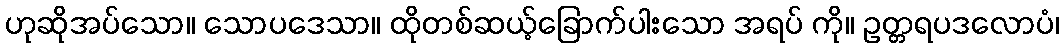
ဟုဆိုအပ်သော။ သောပဒေသာ။ ထိုတစ်ဆယ့်ခြောက်ပါးသော အရပ် ကို။ ဥတ္တရပဒလောပံ၊